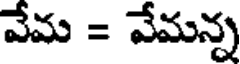
వేమ = వేమన్న